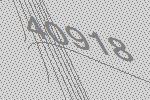
40918